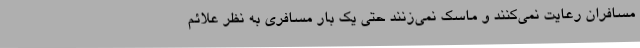
مسافران رعایت نمی‌کنند و ماسک نمی‌زنند حتی یک بار مسافری به نظر علائم